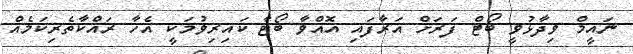
ނައީމް ވިދާޅުވީ ބޯޓް ފަރަށް އަރާފައި އޮއްވާ ބޯޓާ ކައިރިވުމަކީ އެހާ ރައްކާތެރިކަމެއް